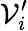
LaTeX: \mathcal{V}_{i}^{\prime}